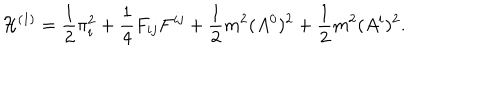
{ \cal H } ^ { ( 1 ) } = \frac { 1 } { 2 } \pi _ { i } ^ { 2 } + \frac { 1 } { 4 } F _ { i j } F ^ { i j } + \frac { 1 } { 2 } m ^ { 2 } ( A ^ { 0 } ) ^ { 2 } + \frac { 1 } { 2 } m ^ { 2 } ( A ^ { i } ) ^ { 2 } .